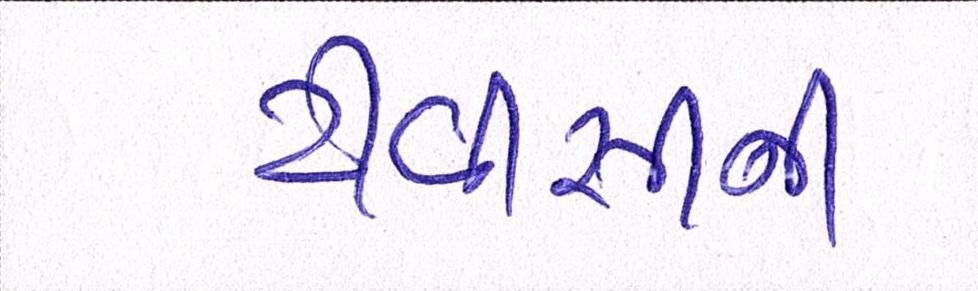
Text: ટીવીસીની